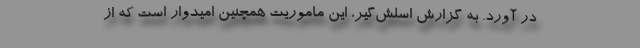
در آورد. به گزارش اسلش‌گیر، این ماموریت همچنین امیدوار است که از